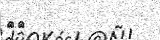
٩٠